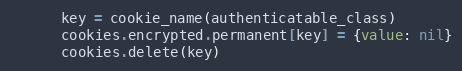
Language: Ruby
      key = cookie_name(authenticatable_class)
      cookies.encrypted.permanent[key] = {value: nil}
      cookies.delete(key)